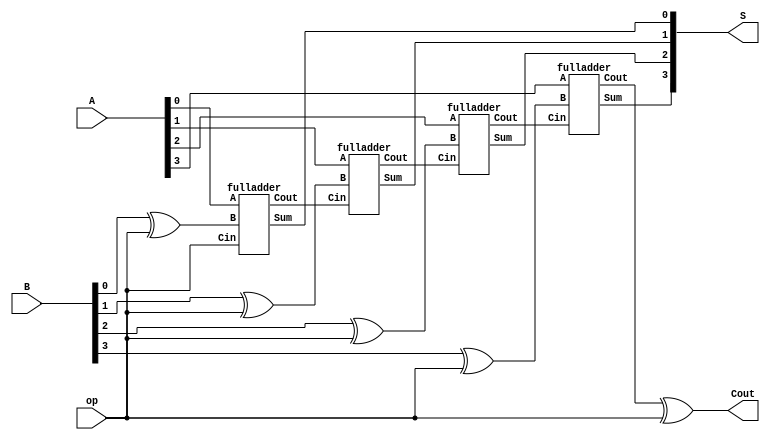

module adderSub (A, B, S, Cout, op);
 input [3:0] A, B;
 input op;
 output [3:0] S;
 output Cout;

 	wire C0, C1, C2, C3;
	wire b0, b1, b2;
	
	xor(b0, B[0], op);
	xor(b1, B[1], op);
	xor(b2, B[2], op);
	xor(b3, B[3], op);

 	fulladder M1 (A[0], b0, op, S[0], C0);
 	fulladder M2 (A[1], b1, C0, S[1], C1);
	fulladder M3 (A[2], b2, C1, S[2], C2);
	fulladder M4 (A[3], b3, C2, S[3], C3);

	xor(Cout, C3, op);

 endmodule

module fulladder (A, B, Cin, Sum, Cout);
 
 input A, B, Cin;
 output Sum, Cout;
 
 wire n1, n2, x1;
 xor u1 (x1, A, B);
 xor u2 (Sum, x1, Cin);
 and u3 (n1, Cin, x1);
 and u4 (n2, A, B);
 or u5 (Cout, n1, n2);
 endmodule